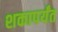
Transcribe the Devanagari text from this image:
शकापर्यंत